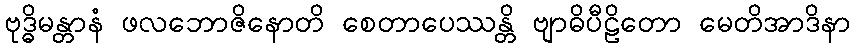
ဗုဒ္ဓိမန္တာနံ ဖလဘောဇိနောတိ စေတာပေဿန္တိ ဗျာဓိပီဠိတော မေတိအာဒိနာ